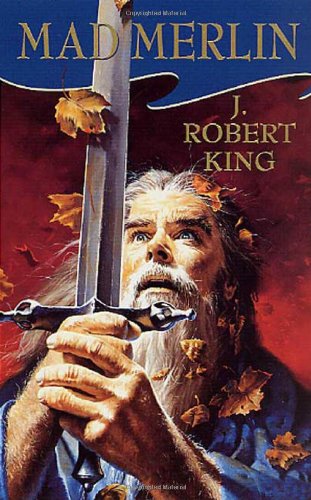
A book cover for Mad Merlin; J. Robert King; Science Fiction & Fantasy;